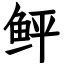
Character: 鲆